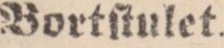
Bortſtulet.